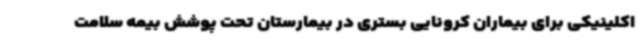
اکلینیکی برای بیماران کرونایی بستری در بیمارستان تحت پوشش بیمه سلامت